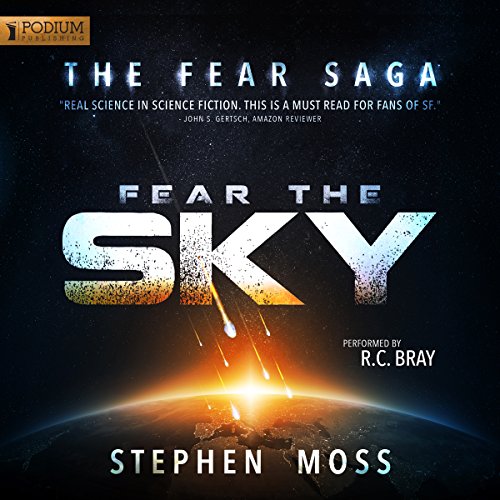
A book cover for Fear the Sky: The Fear Saga, Book 1; Stephen Moss; Science Fiction & Fantasy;